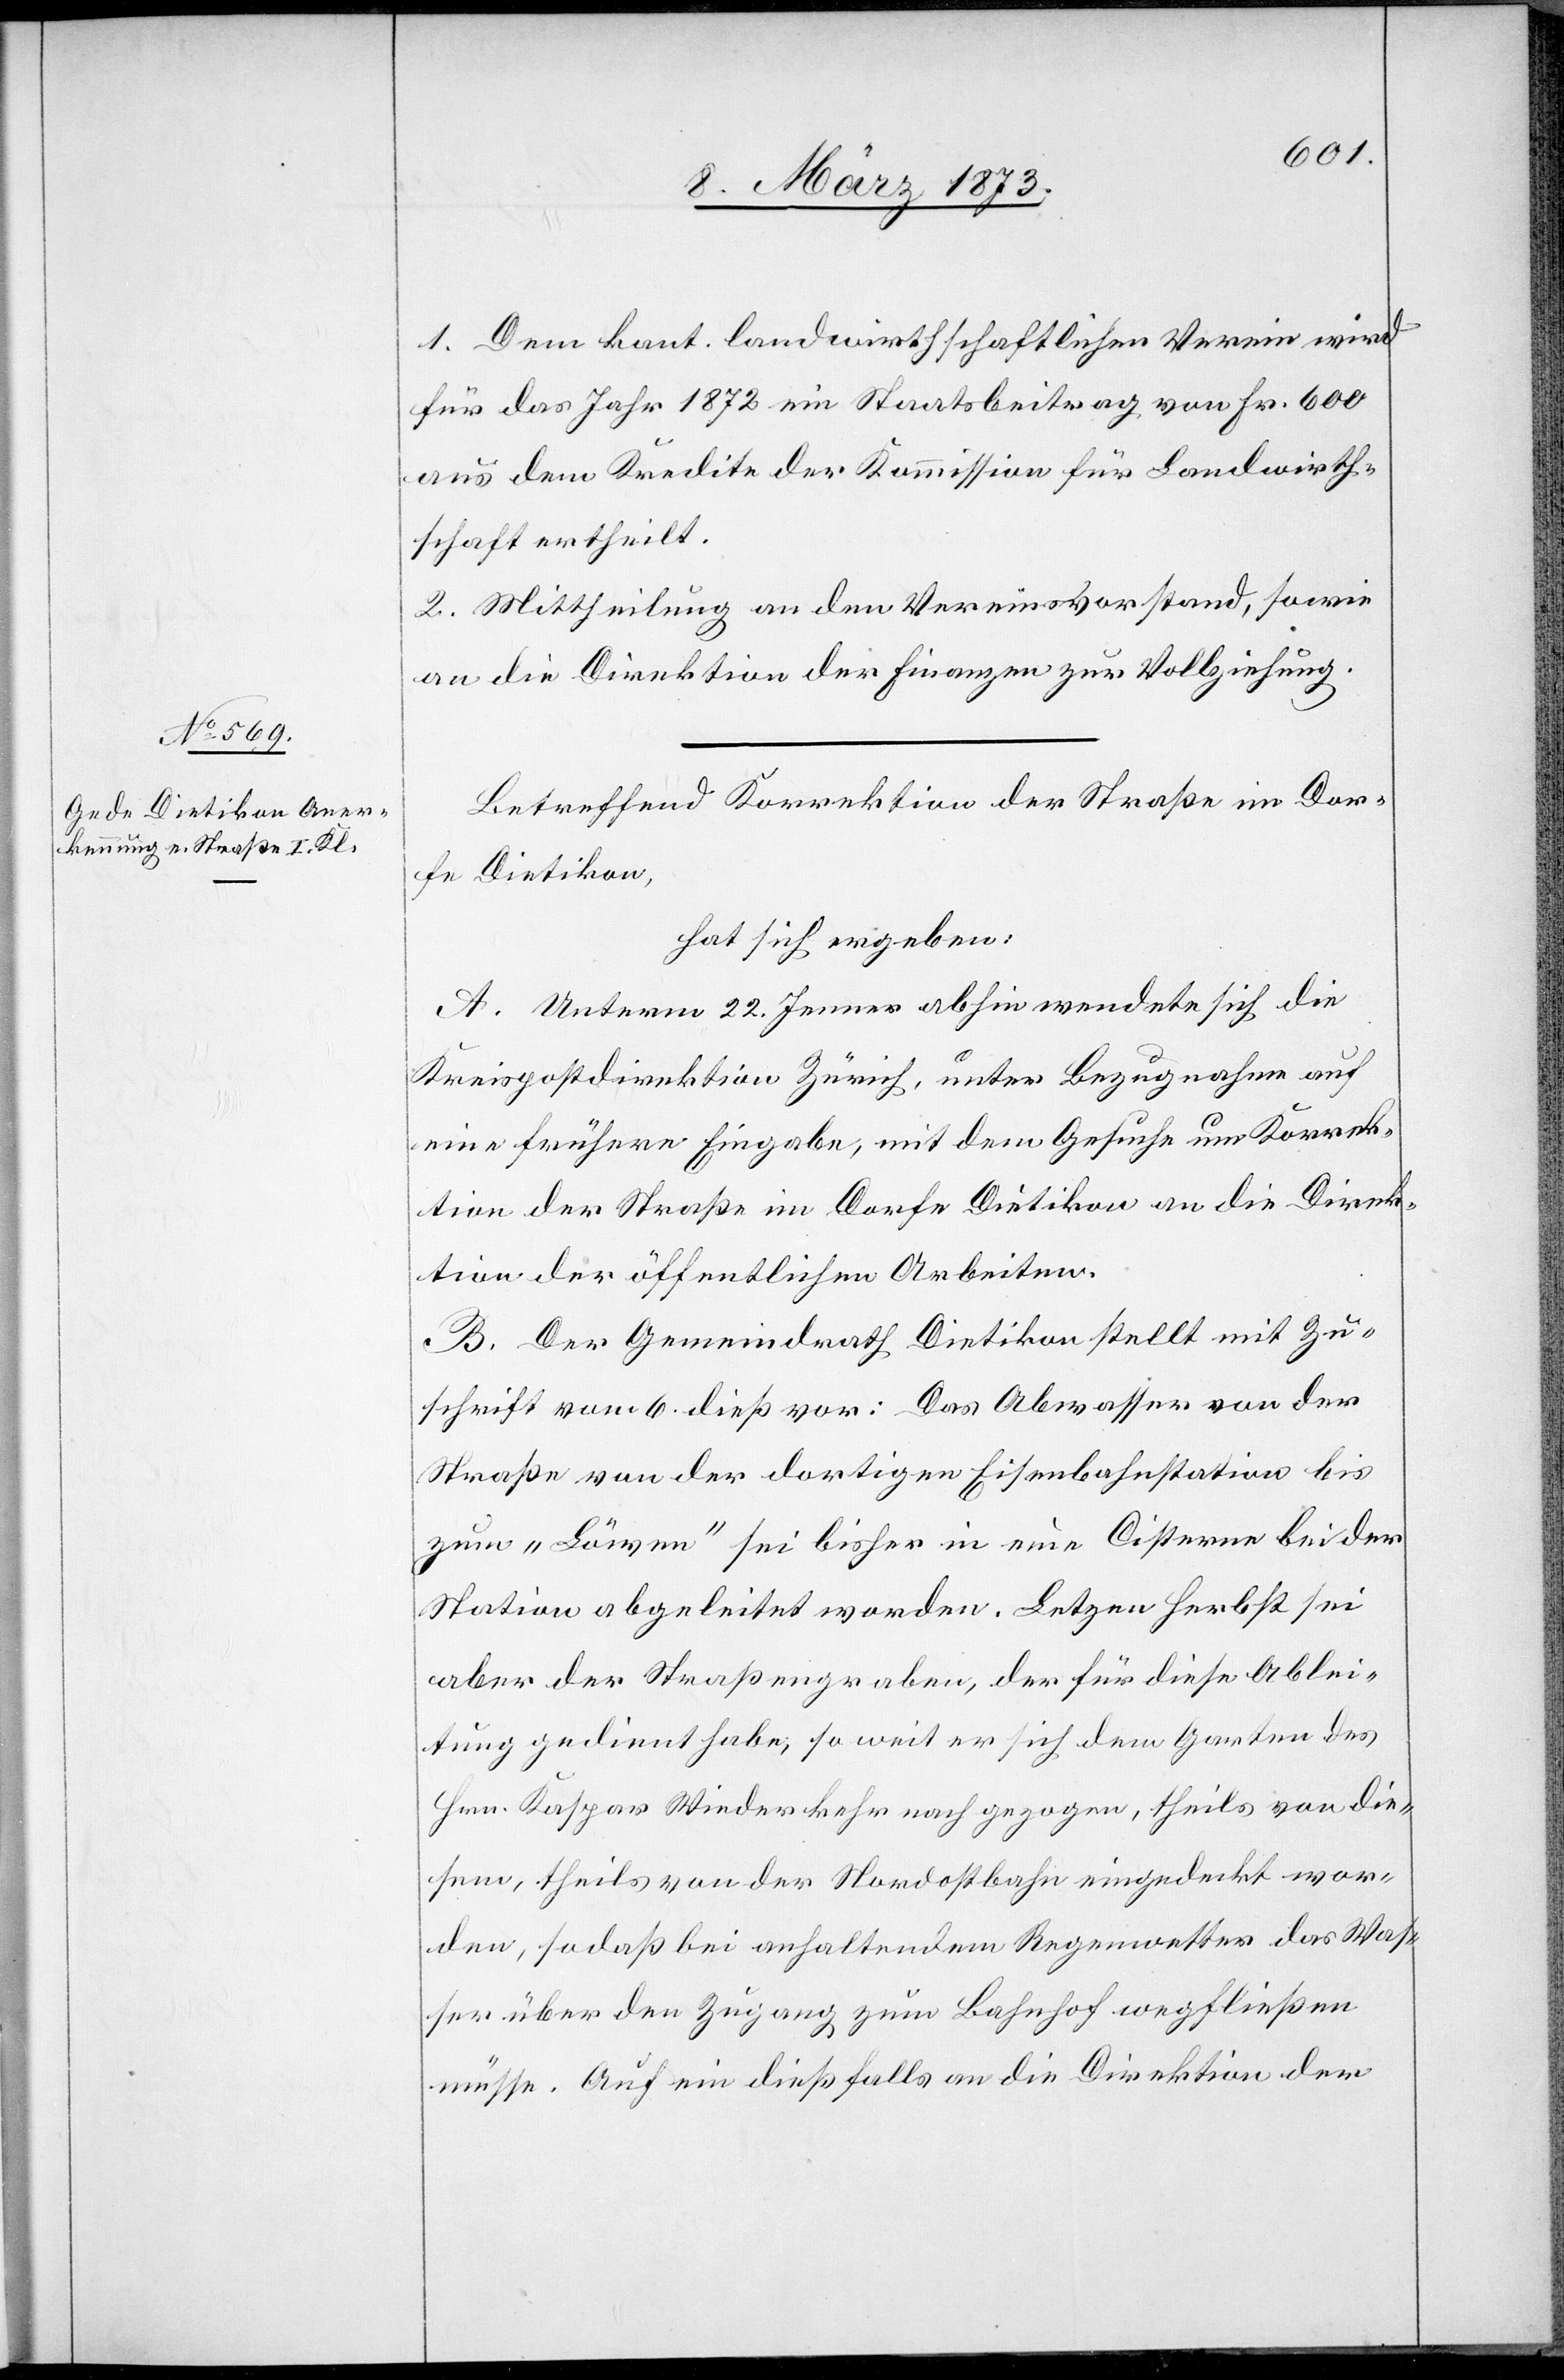
1. Dem kant. landwirthschaftlichen Verein wird
für das Jahr 1872 ein Staatsbeitrag von Fr. 600
aus dem Kredite der Kommission für Landwirth¬
schaft ertheilt.
2. Mittheilung an den Vereinsvorstand, sowie
an die Direktion der Finanzen zur Vollziehung.
Betreffend Korrektion der Straße im Dor¬
fe Dietikon,
hat sich ergeben:
A. Unterm 22. Jenner abhin wendete sich die
Kreispostdirektion Zürich, unter Bezugnahme auf
eine frühere Eingabe, mit dem Gesuche um Korrek¬
tion der Straße im Dorfe Dietikon an die Direk¬
tion der öffentlichen Arbeiten.
B. Der Gemeindrath Dietikon stellt mit Zu¬
schrift vom 6. dieß vor: Das Abwasser von der
Straße von der dortigen Eisenbahnstation bis
zum „Löwen“ sei bisher in eine Cisterne bei der
Station abgeleitet worden. Letz[t]en Herbst sei
aber der Straßengraben, der für diese Ablei¬
tung gedient habe; so wie er sich dem Garten des
Hrn. Kaspar Wiederkehr nach gezogen, theils von die¬
sem, theils von der Nordostbahn eingedeckt wor¬
den, sodaß bei anhaltendem Regenwetter das Was¬
ser über den Zugang zum Bahnhof wegfließen
müsse. Auf ein dießfalls an die Direktion der